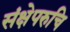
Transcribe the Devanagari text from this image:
संक्षेपरुचि